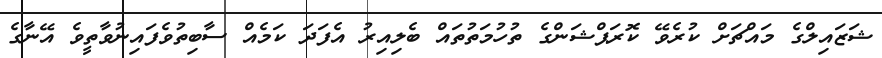
ޝަޒައިލްގެ މައްޗަށް ކުރެވޭ ކޮރަޕްޝަންގެ ތުހުމަތުތައް ބެލިއިރު އެފަދަ ކަމެއް ސާބިތުވެފައިނުވާތީވެ އޭނާގެ